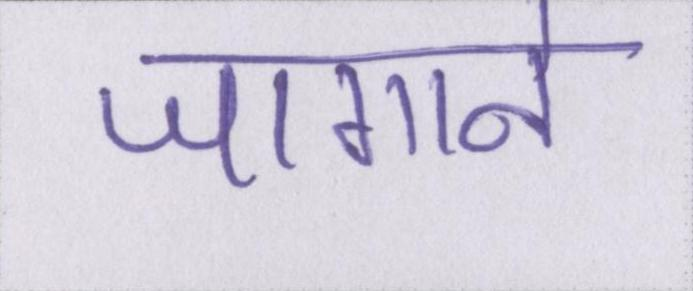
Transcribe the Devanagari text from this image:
जगाने